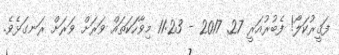
ފަޤީރުކަލޯ! ފެބުރުއަރީ 27